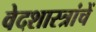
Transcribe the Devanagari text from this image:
वेदशास्त्रांचें